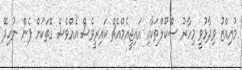
މުއިއްޒު ވިދާޅުވީ މިހާރު ސްކޫލްތަކާއި އައިޖީއެމްއެޗް ކައިރީވެސް އެއްވެސް ގޮތަކަށް ފެން ނުހިދޭ